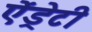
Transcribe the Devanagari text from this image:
ऐंड्रेटी